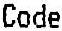
CODE